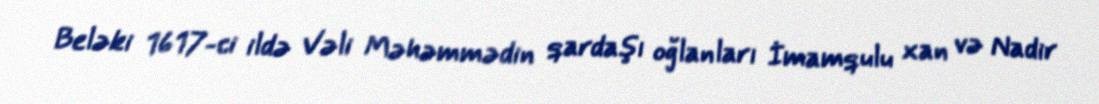
Beləki 1617-ci ildə Vəli Məhəmmədin qardaşı oğlanları İmamqulu xan və Nadir